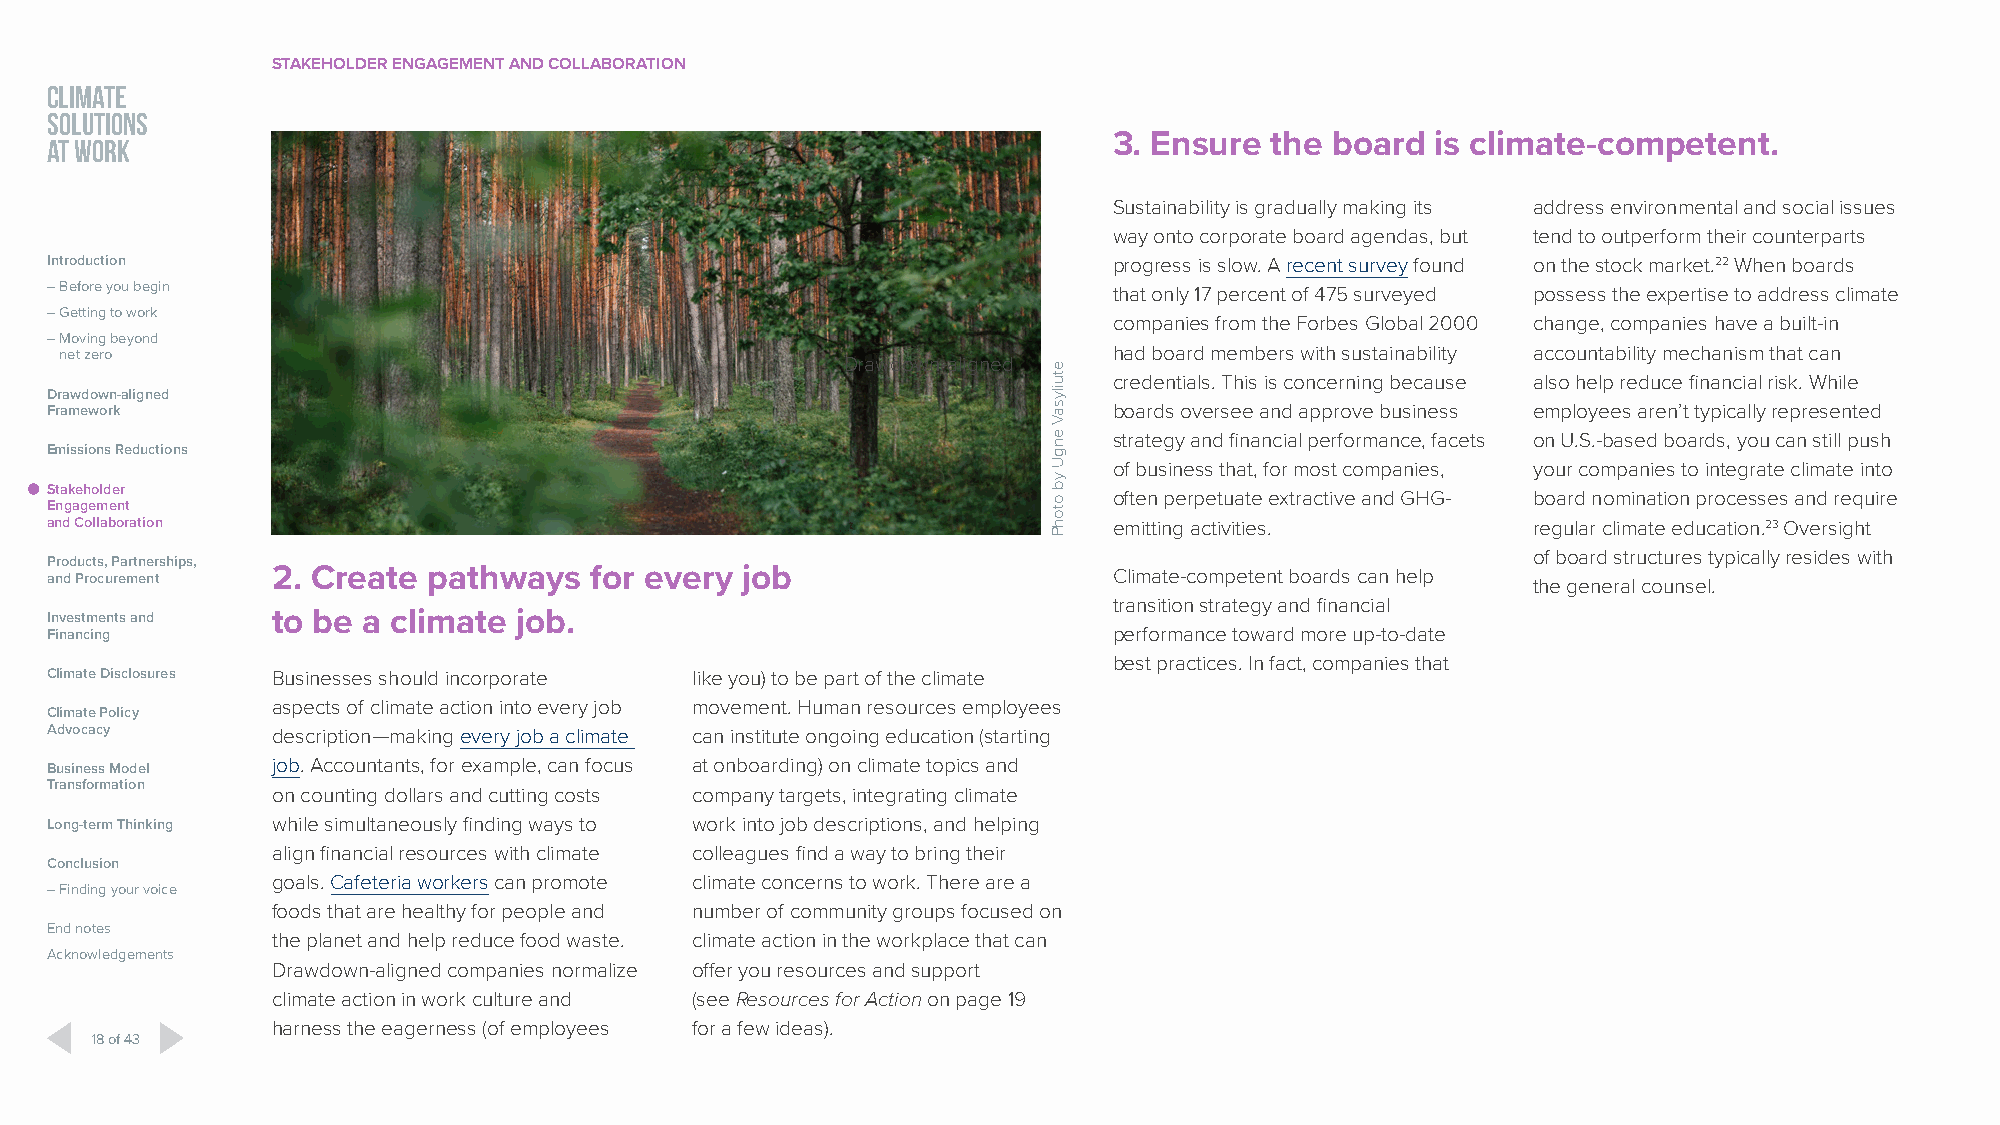
STAKEHOLDER ENGAGEMENT AND COLLABORATION
 CLIMATE
 SOLUTIONS
 AT WORK                                                                3. Ensure the board  is climate-competent.
 Sustainability is gradually making its address environmental and social issues
 way onto corporate board agendas, but tend to outperform their counterparts
 Introduction                                                           progress is slow. A recent survey found on the stock market.22 When boards
 – Before you begin                                                     that only 17 percent of 475 surveyed possess the expertise to address climate
 – Getting to work
 companies from the Forbes Global 2000 change, companies have a built-in
 – Moving beyond
 net zero                                                              had board members with sustainability accountability mechanism that can
 Drawdown-aligned
 credentials. This is concerning because also help reduce financial risk. While
 Drawdown-aligned
 Framework                                                              boards oversee and approve business employees aren’t typically represented
 strategy and financial performance, facets on U.S.-based boards, you can still push
 Emissions Reductions
 of business that, for most companies, your companies to integrate climate into
 Stakeholder
 often perpetuate extractive and GHG- board nomination processes and require
 Engagement
 and Collaboration                                                      emitting activities.       regular climate education.23 Oversight
 of board structures typically resides with
 Products, Partnerships,
 and Procurement 2. Create pathways  for every job                      Climate-competent boards can help the general counsel.
 transition strategy and financial
 Investments and to be a climate job.
 Financing                                                              performance toward more up-to-date
 best practices. In fact, companies that
 Climate Disclosures Businesses should incorporate like you) to be part of the climate
 aspects of climate action into every job movement. Human resources employees
 Climate Policy
 Advocacy       description—making every job a climate can institute ongoing education (starting
 Business Model job. Accountants, for example, can focus at onboarding) on climate topics and
 Transformation
 on counting dollars and cutting costs company targets, integrating climate
 Long-term Thinking while simultaneously finding ways to work into job descriptions, and helping
 align financial resources with climate colleagues find a way to bring their
 Conclusion
 goals. Cafeteria workers can promote climate concerns to work. There are a
 – Finding your voice
 foods that are healthy for people and number of community groups focused on
 End notes
 the planet and help reduce food waste. climate action in the workplace that can
 Acknowledgements
 Drawdown-aligned companies normalize offer you resources and support
 climate action in work culture and (see Resources for Action on page 19
 harness the eagerness (of employees for a few ideas).
 18 of 43
 etuilysaV
 engU
 yb
 otohP